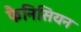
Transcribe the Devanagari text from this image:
फैनिसियन